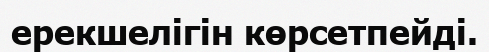
ерекшелігін көрсетпейді.